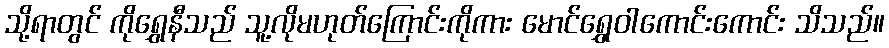
သို့ရာတွင် ကိုရွှေနီသည် သူ့လိုမဟုတ်ကြောင်းကိုကား မောင်ရွှေဝါကောင်းကောင်း သိသည်။